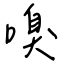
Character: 嗅